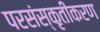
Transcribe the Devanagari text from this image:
परसंस्कृतीकरण